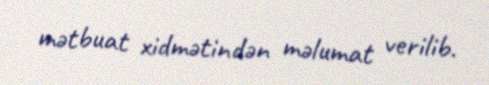
mətbuat xidmətindən məlumat verilib.